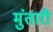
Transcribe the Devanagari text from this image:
मुंतारी